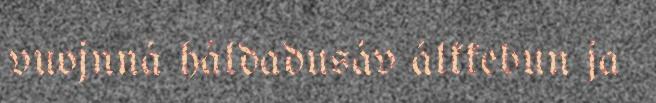
vuojnná háldadusáv álkkebun ja